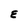
Character: E